Report of the Imperial Institute of Veterinary Research, Muktesar
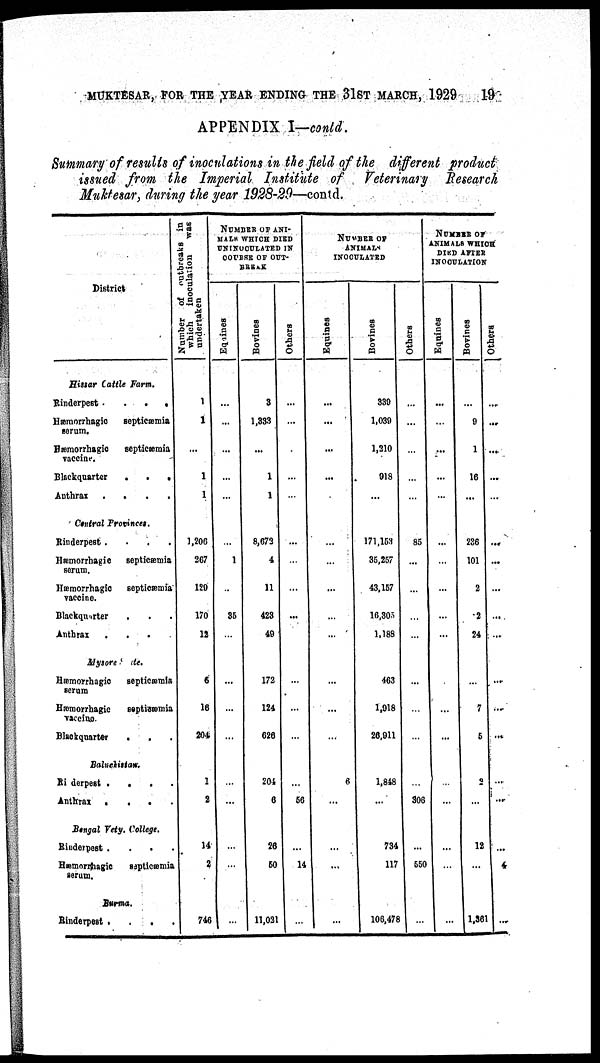
MUKTESAR, FOR THE YEAR ENDING THE 31ST MARCH, 1929
19
APPENDIX I—contd.
Summary of results of inoculations in the field of the different product
issued from the Imperial Institute of Veterinary Research
Muktesar, during the year 1928-29—contd.
District
Hissar Cattle Farm.
Rinderpest .
.
.
Hæmorrhagic
septicæmia
serum.
Hæmorrhagic
septicæmia
vaccine.
Blackquarter
.
.
.
Anthrax
....
Central Provinces.
Rinderpest .
Hæmorrhagic
septicæmia
serum.
Hæmorrhagic
septicæmia
vaccine.
Blackquarter
.
Anthrax
Mysore etc.
Hæmorrhagic
septicæmia
serum
Hæmorrhagic
septicæmia
vaccine.
Blackquarter
.
Baluchistan
Rinderpest
....
Anthrax
....
Bengal Vety. College.
Rinderpest
....
Hæmorrhagic
septicæmia
serum.
Burma.
Rinderpest
....
Number of outbreaks in
which
inoculation
was
undertaken
1
1
1
1
1,206
267
129
170
12
6
16
204
1
2
14
2
746
NUMBER OF ANI¬
MALS WHICH DIED
UNINOCULATED IN
COURSE OF OUT¬
BREAK
Equines
...
...
...
..
...
...
1
...
35
...
...
...
...
...
...
...
...
...
Bovines
3
1,333
...
1
1
8,672
4
11
423
49
172
124
626
204
6
26
50
11,021
Others
...
...
...
...
...
...
...
...
...
...
...
...
...
56
...
14
...
NUMBER OF
ANIMAL
INOCULATED
Equines
...
...
...
...
...
...
...
...
...
...
...
...
6
...
...
...
...
Bovines
339
1,039
1,210
918
...
171,153
35,257
43,157
16,305
1,188
463
1,918
26,911
1,848
...
734
117
106,478
Others
...
...
...
...
...
85
...
...
...
...
...
...
...
NUMBER OF
ANIMALS WHICH
DIED AFTER
INOCULATION
Equines
...
...
...
...
...
...
...
...
...
...
...
...
...
...
306
...
550
...
...
...
...
...
...
Bovines
...
9
1
16
...
236
101
2
2
24
...
7
5
9
...
12
...
1,361
Others
...
...
...
...
...
...
...
...
...
...
...
...
...
...
...
4
...